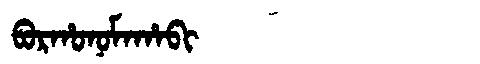
Manchu: ᠪᠣᡵᡥᠣᠨᠣᠮᠠᡥᠠᠪᡳ
Romanization: BORHONOMAHABI